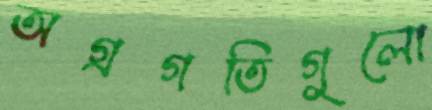
অগ্রগতিগুলো